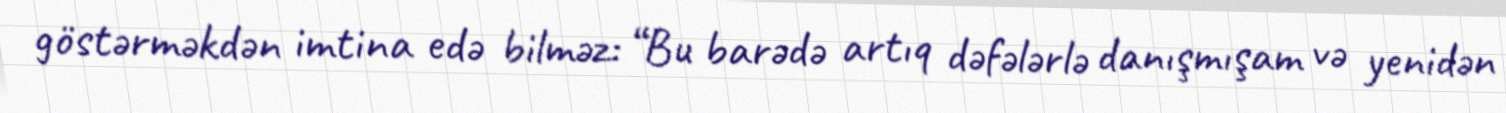
göstərməkdən imtina edə bilməz: “Bu barədə artıq dəfələrlə danışmışam və yenidən